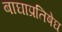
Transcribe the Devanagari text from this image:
बाघाप्रतिषेघ